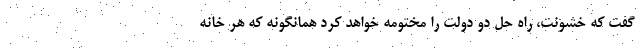
گفت که خشونت، راه حل دو دولت را مختومه خواهد کرد همانگونه که هر خانه